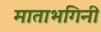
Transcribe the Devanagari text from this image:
माताभगिनी